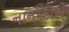
નાનકડાએ